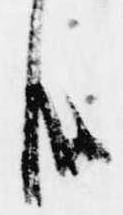
哉